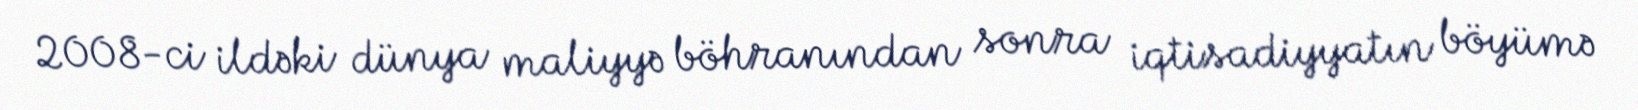
2008-ci ildəki dünya maliyyə böhranından sonra iqtisadiyyatın böyümə